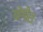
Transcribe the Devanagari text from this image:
योगीशः